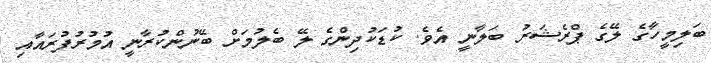
ބަލިމީހާގެ ލޭގެ ޕްރެޝަރު ބަލާނީ އެވެ. ކުޑަކުދިންގެ ލޭ ބެލުމަށް ބޭނުންކުރާނީ އުމުރުފުރައާއި